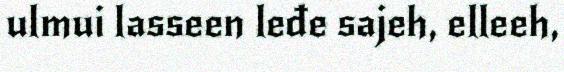
ulmui lasseen leđe sajeh, elleeh,